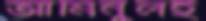
আমিনুলই